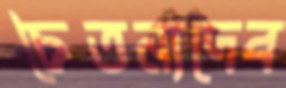
চৈতন্যদেব